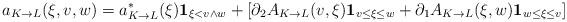
LaTeX: \begin{align*}a_{K\to L}(\xi,v,w)=a^*_{K\to L}(\xi)\mathbf{1}_{\xi<v\wedge w}+\left[\partial_2A_{K\to L}(v,\xi)\mathbf{1}_{v\leq \xi\leq w}+\partial_1 A_{K\to L}(\xi,w)\mathbf{1}_{w\leq \xi\leq v}\right]\end{align*}